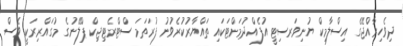
ދިވެހިރާއްޖޭގެ އިސްލާމިކް ޔުނިވަރސިޓީ އުފެއްދުމަށްޓަކައި ތައްޔާރުކުރެވުނު ފުރަތަމަ ސްޓްރެޓިޖިކް ޕްލޭނުގެ މުގައްރިރަކީ ވެސް